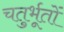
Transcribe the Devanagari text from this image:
चतुर्भूतों